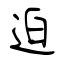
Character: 迫